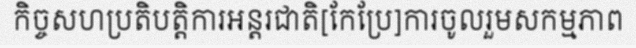
កិច្ចសហប្រតិបត្តិការអន្តរជាតិ[កែប្រែ]ការចូលរួមសកម្មភាព